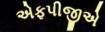
એફપીજીએ